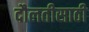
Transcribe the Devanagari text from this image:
दौलतीसाठी